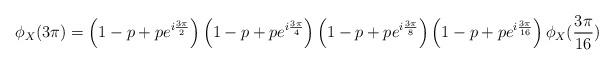
LaTeX: \begin{align*} \phi_X(3\pi)=\left(1-p+pe^{i\frac{3\pi}{2}}\right) \left(1-p+pe^{i\frac{3\pi}{4}}\right) \left(1-p+pe^{i\frac{3\pi}{8}}\right) \left(1-p+pe^{i\frac{3\pi}{16}}\right) \phi_X(\frac{3\pi}{16})\end{align*}